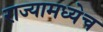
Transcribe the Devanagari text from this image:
राज्यामध्येच